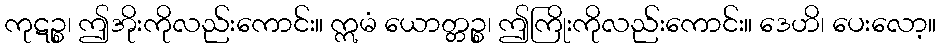
ကုဋဉ္စ၊ ဤအိုးကိုလည်းကောင်း။ ဣမံ ယောတ္တဉ္စ၊ ဤကြိုးကိုလည်းကောင်း။ ဒေဟိ၊ ပေးလော့။